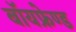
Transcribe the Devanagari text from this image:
बॉयफ्रेण्ड